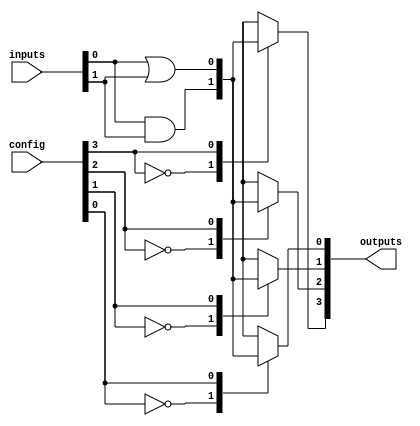
module combinational_logic_block #(
    parameter N = 4, // Number of input lines
    parameter M = 4  // Number of output lines
)(
    input wire [N-1:0] inputs, // Input signals
    input wire [M-1:0] config,  // Configuration signals for LUT
    output wire [M-1:0] outputs // Output signals
);

// Internal signals
wire [M-1:0] lut_output;

// LUT implementation
genvar i;
generate
    for (i = 0; i < M; i = i + 1) begin : lut
        // Example: Simple LUT implementation using a case statement
        always @(*) begin
            case (config[i])
                2'b00: lut_output[i] = inputs[0] & inputs[1]; // AND
                2'b01: lut_output[i] = inputs[0] | inputs[1]; // OR
                2'b10: lut_output[i] = ~inputs[0];             // NOT
                2'b11: lut_output[i] = inputs[0] ^ inputs[1]; // XOR
                default: lut_output[i] = 1'b0;                  // Default case
            endcase
        end
    end
endgenerate

// Assign LUT output to final outputs
assign outputs = lut_output;

// Test points for signal monitoring
// You can add additional signals for debugging
// Example: Assigning internal signals to output for testing
assign debug_signal = lut_output; // Example debug signal

endmodule